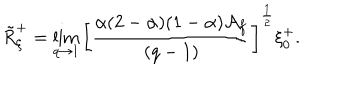
\tilde { R } _ { \xi } ^ { + } = \lim _ { q \to 1 } \left[ \frac { \alpha ( 2 - \alpha ) ( 1 - \alpha ) \mathcal { A } _ { f } } { ( q - 1 ) } \right] ^ { \frac { 1 } { 2 } } \xi _ { 0 } ^ { + } .